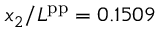
x _ { 2 } / L ^ { \mathrm { p p } } = 0 . 1 5 0 9